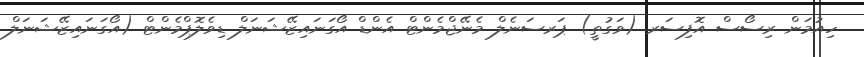
ހިއުމަން ރިސޯސް އޮފިސަރ (ވަގުތީ) ޕަރސަނެލް މެނޭޖްމެންޓް އެންޑް އޯގަނައިޒޭޝަނަލް ޑިވެލޮޕްމެންޓް (އޯގަނައިޒޭޝަނަލް